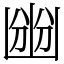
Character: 㟗